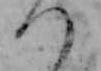
つ